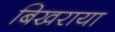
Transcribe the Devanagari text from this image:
बिखराया